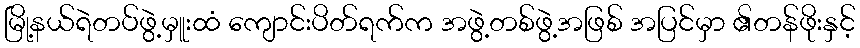
မြို့နယ်ရဲတပ်ဖွဲ့မှူးထံ ကျောင်းပိတ်ရက်က အဖွဲ့တစ်ဖွဲ့အဖြစ် အပြင်မှာ ၏တန်ဖိုးနှင့်